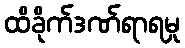
ထိခိုက်ဒဏ်ရာရမှု